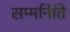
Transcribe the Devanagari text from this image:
सम्मनिति